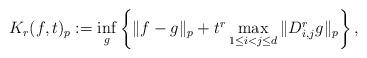
LaTeX: \begin{align*} K_r(f,t)_p : = \inf_{g } \left\{ \|f - g\|_p + t^r \max_{1 \le i<j \le d} \|D_{i,j}^r g\|_p\right\},\end{align*}